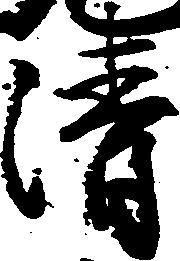
清